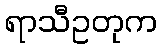
ရာသီဥတုက